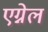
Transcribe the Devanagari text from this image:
एग्नेल